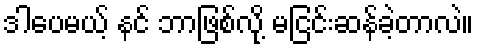
ဒါပေမယ့် နင် ဘာဖြစ်လို့ မငြင်းဆန်ခဲ့တာလဲ။